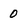
Character: 0